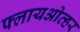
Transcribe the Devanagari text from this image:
फ्लायओव्हर